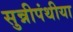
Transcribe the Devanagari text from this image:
सुन्नीपंथीया